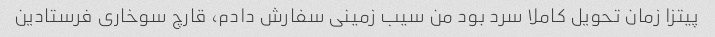
پیتزا زمان تحویل کاملا سرد بود من سیب زمینی سفارش دادم، قارچ سوخاری فرستادین